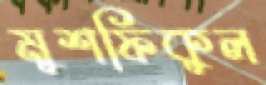
মুশফিকুল